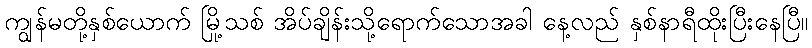
ကျွန်မတို့နှစ်ယောက် မြို့သစ် အိပ်ချိန်းသို့ရောက်သောအခါ နေ့လည် နှစ်နာရီထိုးပြီးနေပြီ။